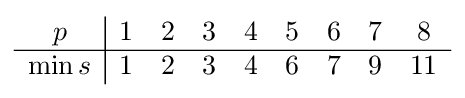
{\begin{array}{c|cccccccc}p&1&2&3&4&5&6&7&8\\\hline \min s&1&2&3&4&6&7&9&11\end{array}}